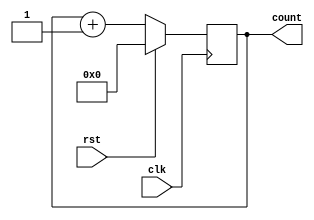
module counter(input clk, input rst, output [3:0] count);
reg [3:0] count;
always @(posedge clk)
    if(rst) count = 0;
    else count = count + 1;
endmodule